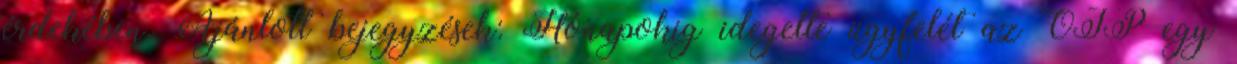
érdekében. Ajánlott bejegyzések: Hónapokig idegelte ügyfelét az OTP egy